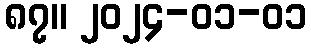
၈၇။ ၂၀၂၄-၀၁-၀၁